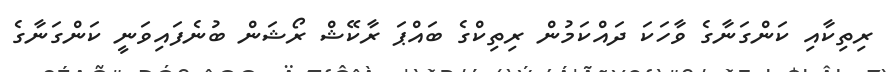
ރިތިކާއި ކަންގަނާގެ ވާހަކަ ދައްކަމުން ރިތިކްގެ ބައްޕަ ރާކޭޝް ރޯޝަން ބުނެފައިވަނީ ކަންގަނާގެ